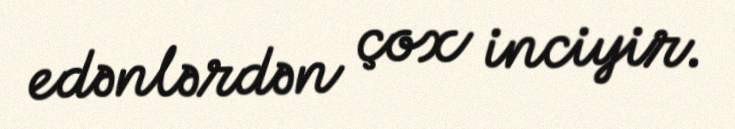
edənlərdən çox inciyir.